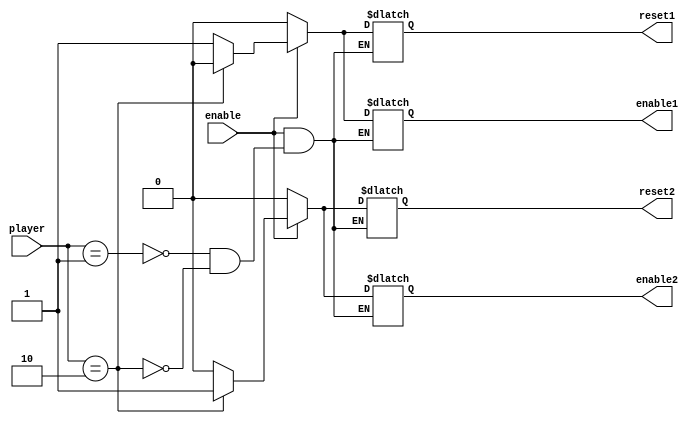
`timescale 1ns / 1ps
//////////////////////////////////////////////////////////////////////////////////
// University: Universidad Nacional de Colombia
// Students: Christian Camilo Cuestas Ibanez
// 
// Module Name:    timersControl
// Project Name:  Proyecto Digital I: Reloj de Ajedrez
// Target Devices: Nexys 4
// Description:
//
//////////////////////////////////////////////////////////////////////////////////
module timersControl(
	input wire  enable,
	input wire [1:0]	player,
	output reg enable1,
	output reg enable2,
	output reg reset1,
	output reg reset2
    );

always @(enable, player)
begin
	if(enable==1'b1)
	begin
		case(player)
			2'b01:begin
						enable1	<= 1'b1;
						reset1	<= 1'b1;
						enable2	<= 1'b0;
						reset2	<= 1'b0;
					end
			2'b10:begin	
						enable1	<= 1'b0;
						reset1	<= 1'b0;
						enable2	<= 1'b1;
						reset2	<= 1'b1;
					end
			default:	begin	
						enable1	<= enable1;
						reset1	<= reset1;
						enable2	<= enable2;
						reset2	<= reset2;
					end
		endcase
	end
	else
	begin
		enable1	<= 1'b0;
		reset1	<= 1'b0;
		enable2	<= 1'b0;
		reset2	<= 1'b0;
	end
end

endmodule